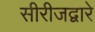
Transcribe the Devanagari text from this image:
सीरीजद्वारे